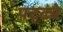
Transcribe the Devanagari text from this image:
पट्ट्ये